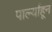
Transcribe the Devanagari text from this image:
पार्ल्याहून